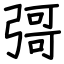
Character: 彁